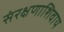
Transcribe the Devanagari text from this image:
संरक्षणाशिवाय